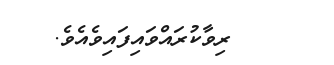
ރިވާކުރައްވައިފައިވެއެވެ.